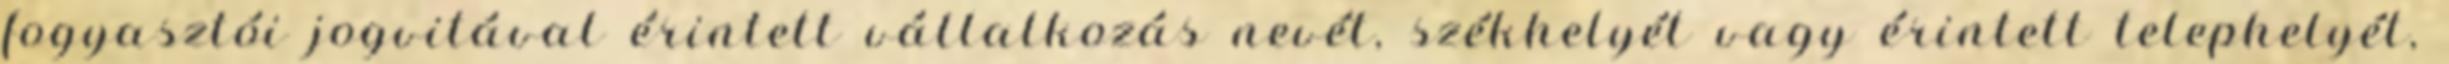
fogyasztói jogvitával érintett vállalkozás nevét, székhelyét vagy érintett telephelyét,